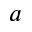
a